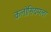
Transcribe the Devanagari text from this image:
कलोसियमला